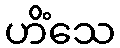
ဟိံသေ